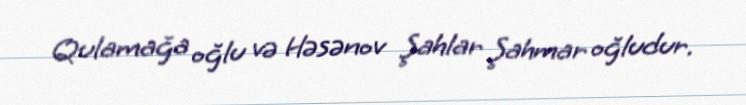
Qulamağa oğlu və Həsənov Şahlar Şahmar oğludur.